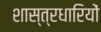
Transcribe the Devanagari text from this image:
शास्त्रधारियों